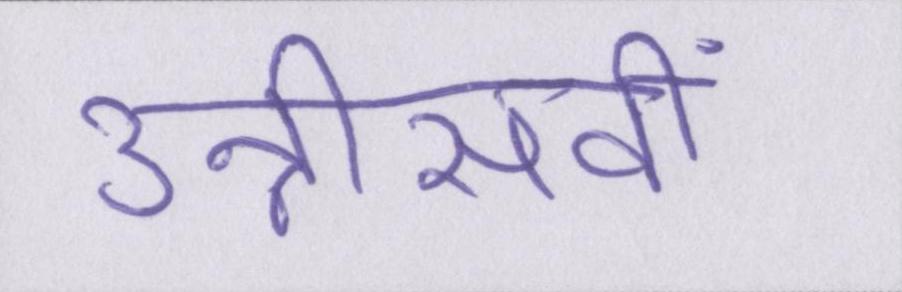
उन्नीसवीं